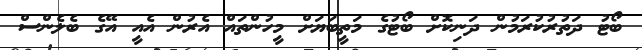
ބޯޓު ދަތުރުކުރަމުން ދަނިކޮށް ބޯޓުގެ މަތީބަޔަށް މީހުންތައް އެރުން އެއީ އޭގެ ބެލެންސް